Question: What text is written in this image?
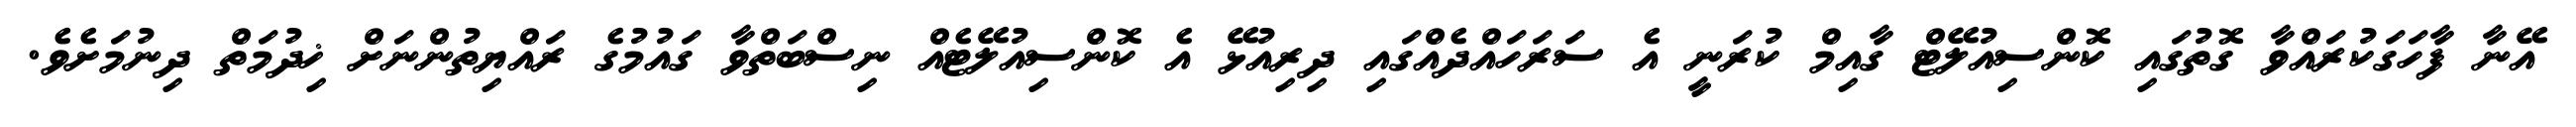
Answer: އޭނާ ފާހަގަކުރައްވާ ގޮތުގައި ކޮންސިއުލޭޓް ގާއިމް ކުރަނީ އެ ސަރަހައްދެއްގައި ދިރިއުޅޭ އެ ކޮންސިއުލޭޓެއް ނިސްބަތްވާ ގައުމުގެ ރައްޔިތުންނަށް ޚިދުމަތް ދިނުމަށެވެ.